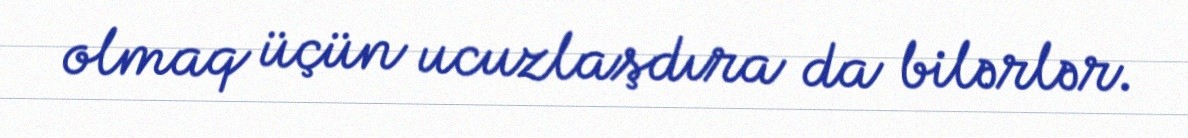
olmaq üçün ucuzlaşdıra da bilərlər.